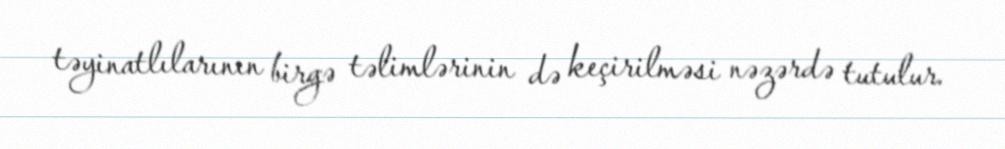
təyinatlılarının birgə təlimlərinin də keçirilməsi nəzərdə tutulur.